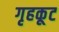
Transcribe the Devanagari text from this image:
गृहकूट